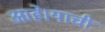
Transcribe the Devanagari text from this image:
आहे।याची